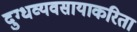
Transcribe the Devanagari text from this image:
दुग्धव्यवसायाकरिता